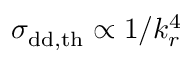
\sigma _ { \mathrm { { d d , t h } } } \propto 1 / k _ { r } ^ { 4 }